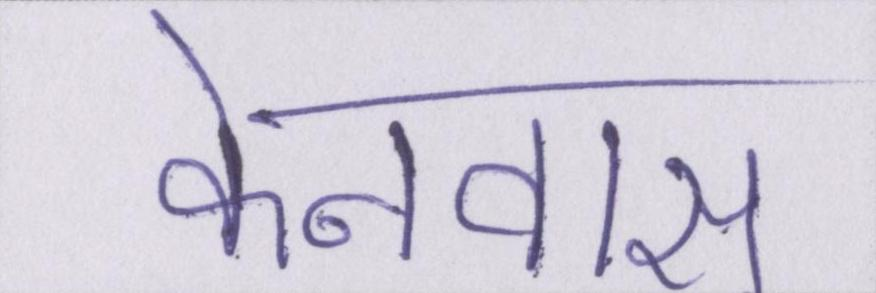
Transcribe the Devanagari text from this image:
केनवास